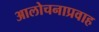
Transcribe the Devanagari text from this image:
आलोचनाप्रवाह